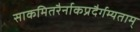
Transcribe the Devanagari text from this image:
साकमितरैर्नाकप्रदैर्गम्यताम्